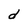
Character: d